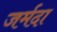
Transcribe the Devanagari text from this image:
जर्मदा